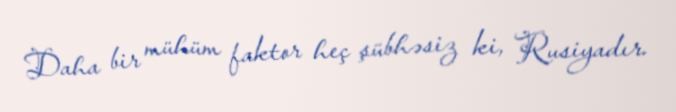
Daha bir mühüm faktor heç şübhəsiz ki, Rusiyadır.